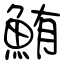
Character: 鮪